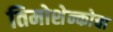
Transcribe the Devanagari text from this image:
तिमोशेन्कोचा